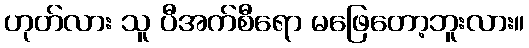
ဟုတ်လား သူ ပီအက်စီရော မဖြေတော့ဘူးလား။